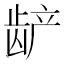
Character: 𬺅